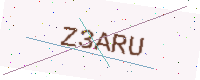
Text: Z3ARU